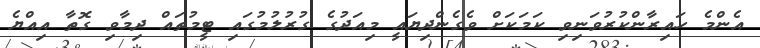
އެންމެ ހައިރާންކުރުވަނިވި ކަމަކަށް ވެގެންދިޔައީ މިއަދުގެ ގުރުލުމުގައި ޓީމުތައް ދިމާވި ގޮތާ އިއްޔެ